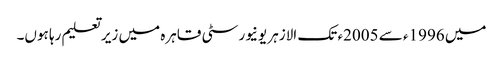
میں 1996ء سے 2005ء تک الازہر یونیورسٹی قاہرہ میں زیر تعلیم رہا ہوں۔